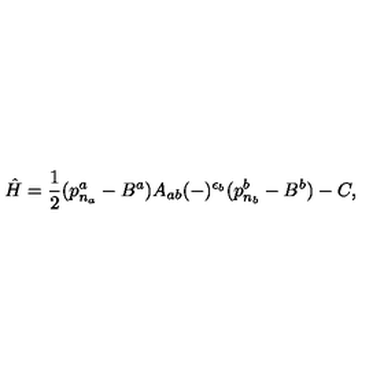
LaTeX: \hat { H } = \frac { 1 } { 2 } ( p _ { n _ { a } } ^ { a } - B ^ { a } ) A _ { a b } ( - ) ^ { \epsilon _ { b } } ( p _ { n _ { b } } ^ { b } - B ^ { b } ) - C ,